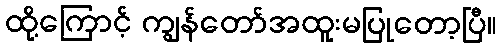
ထို့ကြောင့် ကျွန်တော်အထူးမပြုတော့ပြီ။